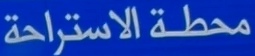
محطة الاستراحة